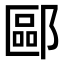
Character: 𫑧